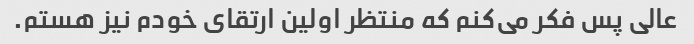
عالی پس فکر می‌کنم که منتظر اولین ارتقای خودم نیز هستم.